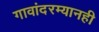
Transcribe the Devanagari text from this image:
गावांदरम्यानही